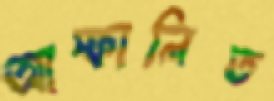
আস্ফালিত